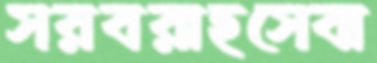
সরবরাহসেবা